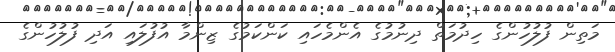
މަތިން ފުލުހުންގެ ހިދުމަތް ދިނުމުގެ އެންމެހައި ކަންކަމުގެ ޒިންމާ އުފުލައި އަދި ފުލުހުންގެ